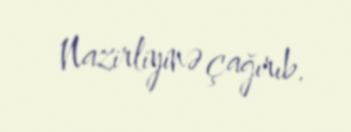
Nazirliyinə çağırıb.